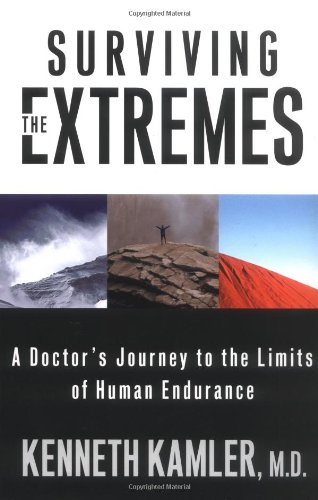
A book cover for Surviving the Extremes: A Doctor's Journey to the Limits of Human Endurance; Kenneth Kamler; Sports & Outdoors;